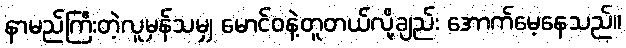
နာမည်ကြီးတဲ့လူမှန်သမျှ မောင်ဝနဲ့တူတယ်လို့ချည်း အောက်မေ့နေသည်။